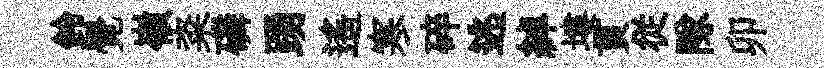
鈴覺嶺粢磷踴遥寒碎逃綽塿貫従隊卯